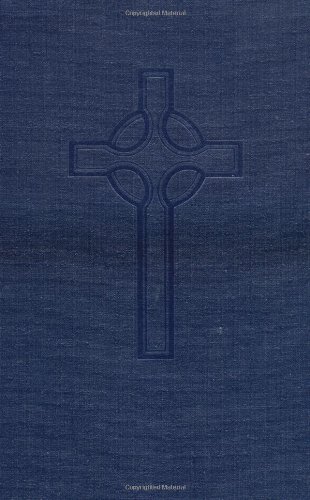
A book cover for Book of Common Worship; Westminster John Knox Press; Christian Books & Bibles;